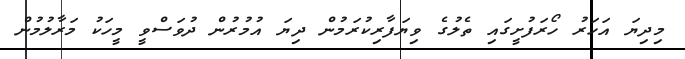
މިދިޔަ އަހަރު ހޯރަފުށީގައި ތެލުގެ ވިޔަފާރިކުރަމުން ދިޔަ އުމުރުން ދުވަސްވީ މީހަކު މަރާލުމުން